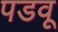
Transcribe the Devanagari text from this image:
पडवू